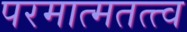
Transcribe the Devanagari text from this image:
परमात्मतत्त्व